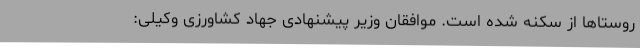
روستاها از سکنه شده است. موافقان وزیر پیشنهادی جهاد کشاورزی وکیلی: